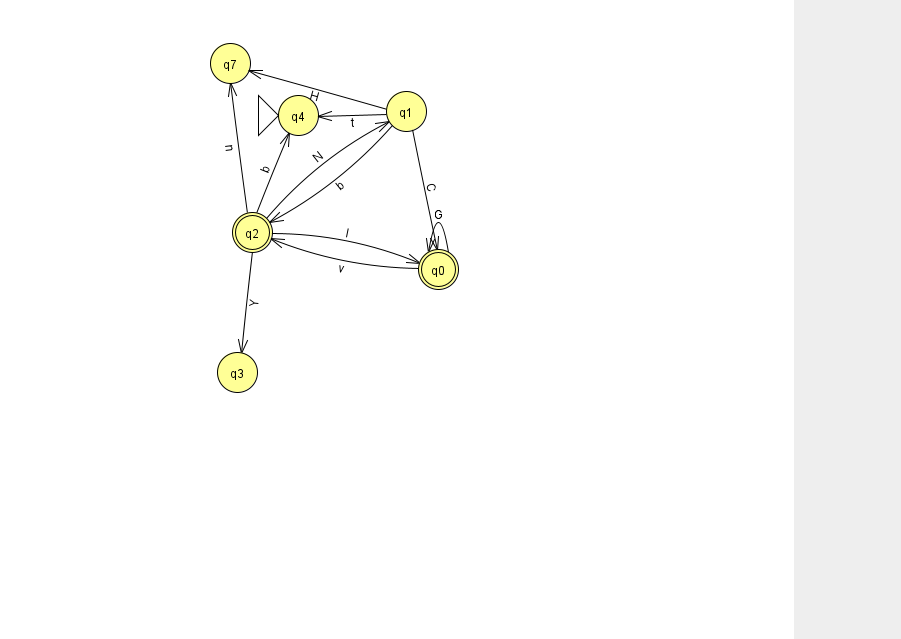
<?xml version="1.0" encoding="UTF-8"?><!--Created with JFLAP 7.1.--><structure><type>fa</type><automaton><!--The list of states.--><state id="0" name="q0"><x>438.0</x><y>256.0</y><final/></state><state id="1" name="q1"><x>406.0</x><y>98.0</y></state><state id="2" name="q2"><x>252.0</x><y>219.0</y><final/></state><state id="3" name="q3"><x>237.0</x><y>359.0</y></state><state id="4" name="q4"><x>298.0</x><y>102.0</y><initial/></state><state id="7" name="q7"><x>230.0</x><y>50.0</y></state><!--The list of transitions.--><transition><from>1</from><to>0</to><read>C</read></transition><transition><from>0</from><to>2</to><read>v</read></transition><transition><from>1</from><to>4</to><read>t</read></transition><transition><from>1</from><to>2</to><read>b</read></transition><transition><from>0</from><to>0</to><read>G</read></transition><transition><from>2</from><to>4</to><read>b</read></transition><transition><from>2</from><to>0</to><read>I</read></transition><transition><from>2</from><to>1</to><read>N</read></transition><transition><from>2</from><to>7</to><read>n</read></transition><transition><from>1</from><to>7</to><read>H</read></transition><transition><from>2</from><to>3</to><read>Y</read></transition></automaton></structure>